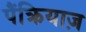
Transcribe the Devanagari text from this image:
पैंक्रियाज़